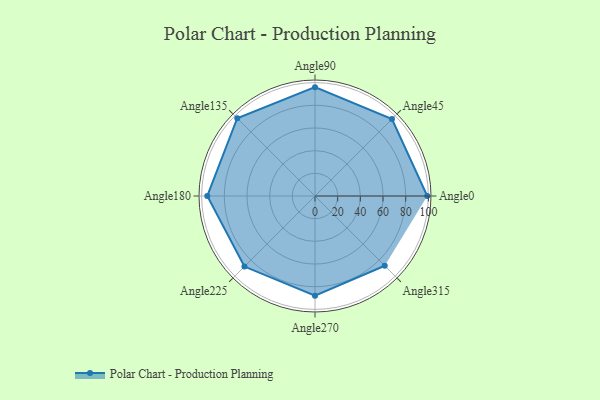
{"axis": {"x": "Angle", "y": "Radius"}, "legend": [""], "data": [{"x": "Angle0", "y": 99.0, "type": ""}, {"x": "Angle45", "y": 96.0, "type": ""}, {"x": "Angle90", "y": 96.0, "type": ""}, {"x": "Angle135", "y": 97.0, "type": ""}, {"x": "Angle180", "y": 95.0, "type": ""}, {"x": "Angle225", "y": 88.0, "type": ""}, {"x": "Angle270", "y": 88.0, "type": ""}, {"x": "Angle315", "y": 87.0, "type": ""}]}